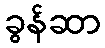
ခွန်ဆာ